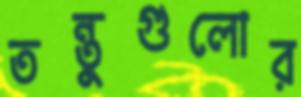
তন্তুগুলোর